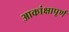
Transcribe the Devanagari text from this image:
आकांक्षापूर्ण